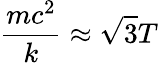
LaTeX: \frac{mc^{2}}{k}\approx\sqrt{3}T